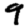
Digit: 9